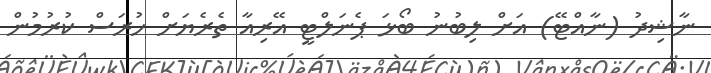
ނާޝިދު (ނާއްޓޭ) އަށް ލިބުނު ބޯޅަ ޕެނަލްޓީ އޭރިއާ ތެރެޔަށް ހުރަސް ކުރުމުން